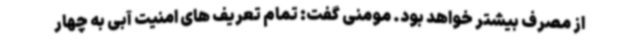
از مصرف بیشتر خواهد بود. مومنی گفت: تمام تعریف های امنیت آبی به چهار